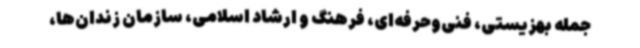
جمله بهزیستی، فنی‌وحرفه‌ای، فرهنگ و ارشاد اسلامی، سازمان زندان‌ها،